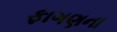
ફાગણના